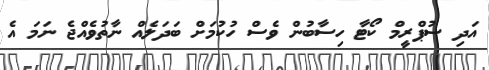
އަދި ސުޕްރީމް ކޯޓާ ހިސާބުން ވެސް ހުކުމަށް ބަދަލެއް ނާތުވެއްޖެ ނަމަ އެ